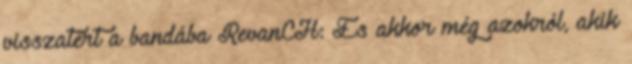
visszatért a bandába RevanCH: És akkor még azokról, akik